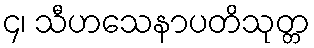
၄၊ သီဟသေနာပတိသုတ္တ